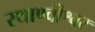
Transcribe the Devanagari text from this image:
स्थाण्वीश्वर